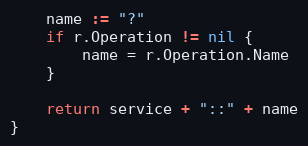
Language: Go
	name := "?"
	if r.Operation != nil {
		name = r.Operation.Name
	}

	return service + "::" + name
}